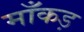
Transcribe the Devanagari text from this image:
माँकड़